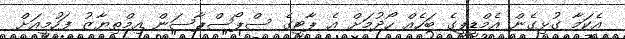
އެކަމާ ގުޅިގެން އެމްޑީޕީގެ ބަހެއް ހޯދުމަށް އެ ޕާޓީގެ ސްޕޯސްޕާސަން އިމްތިޔާޒު ފަހުމީއަށް